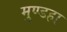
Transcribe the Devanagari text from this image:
मुण्डहा